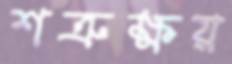
শত্রুক্ষয়